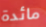
مائدة